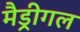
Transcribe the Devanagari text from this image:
मैड्रीगल